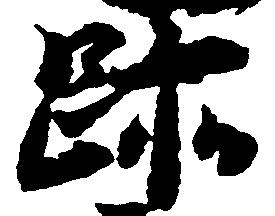
跡